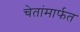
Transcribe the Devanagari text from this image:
चेतांमार्फत